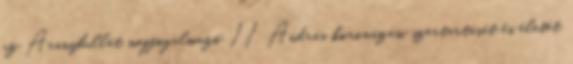
az Aranybullát megfogalmazó II. András koronázási szertartását és életét